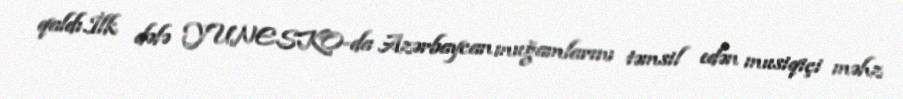
qaldı.İlk dəfə YUNESKO-da Azərbaycan muğamlarını təmsil edən musiqiçi məhz